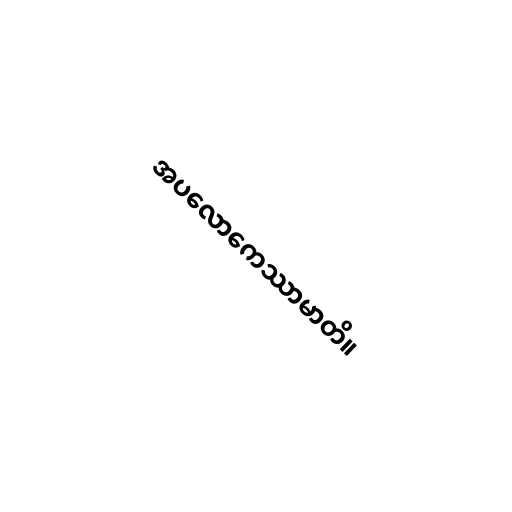
အပလောကေဿာမာတိ။